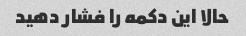
حالا این دکمه را فشار دهید